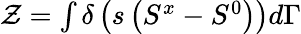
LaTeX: \begin{array}{r}{\mathcal{Z}=\int\delta\left(s\left(S^{x}-S^{0}\right)\right)d\Gamma}\end{array}